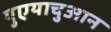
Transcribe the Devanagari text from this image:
युएयाचुआन